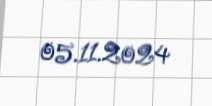
05.11.2024